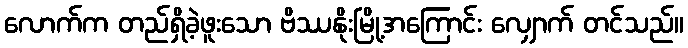
လောက်က တည်ရှိခဲ့ဖူးသော ဗိဿနိုးမြို့အကြောင်း လျှောက် တင်သည်။